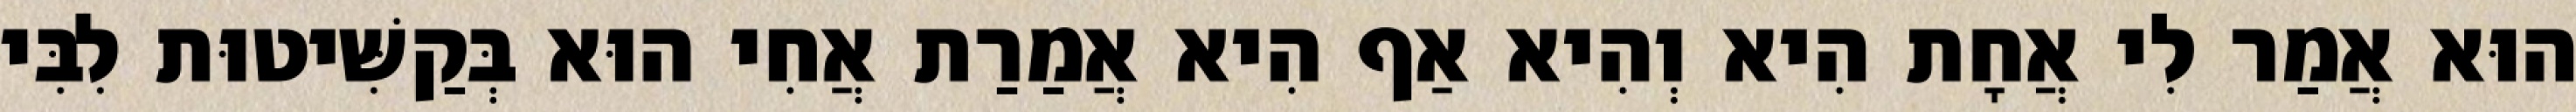
הוּא אֲמַר לִי אֲחָת הִיא וְהִיא אַף הִיא אֲמַרַת אֲחִי הוּא בְּקַשִּׁיטוּת לִבִּי